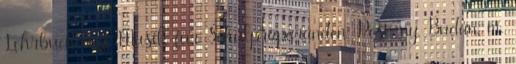
Lehrbuch der Musik für Schulpräparanden. Pest, ny. Budán, m.